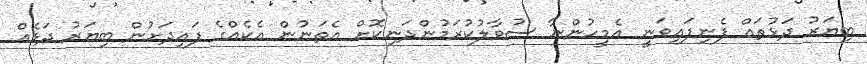
ބިޔަރު ދަޅުތައް ފެނިފައިވަނީ އެމީހުންނާ ސުވާލުކުރަމުންދަނިކޮށް އެތަނުން އެކެއްގެ ފައިދަށުން ބިޔަރު ދަޅެއް